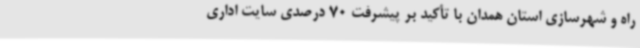
راه و شهرسازی استان همدان با تأکید بر پیشرفت 70 درصدی سایت اداری